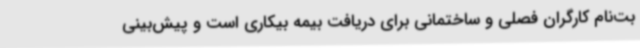
بت‌نام کارگران فصلی و ساختمانی برای دریافت بیمه بیکاری است و پیش‌بینی